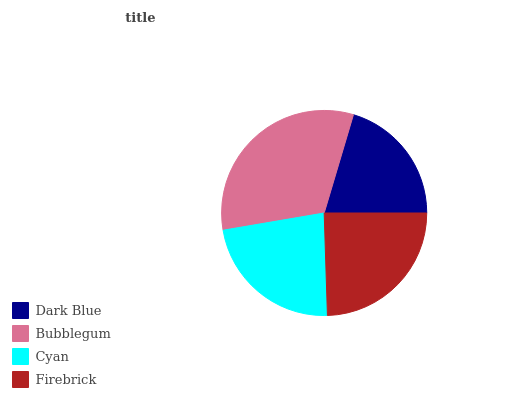
| Dark Blue | Bubblegum | Cyan | Firebrick |
 | --- | --- | --- | --- |
 | 20.4% | 32.3% | 22.8% | 24.5% |